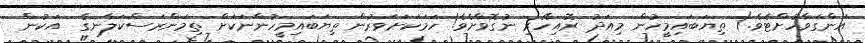
އަންގަވާހުށްޓެވެ.) ތިޔަބައިމީހުން މިއަދު ރޮއިހޭރި ނުގޮވާށެވެ! ހަމަކަށަވަރުން ތިޔަބައިމީހުންނަކަށް ތިމަންރަސްކަލާނގެ  އަކުން